Vaccination United Provinces of Agra and Oudh 1902-1913 - 1902-1913
Year: 1902
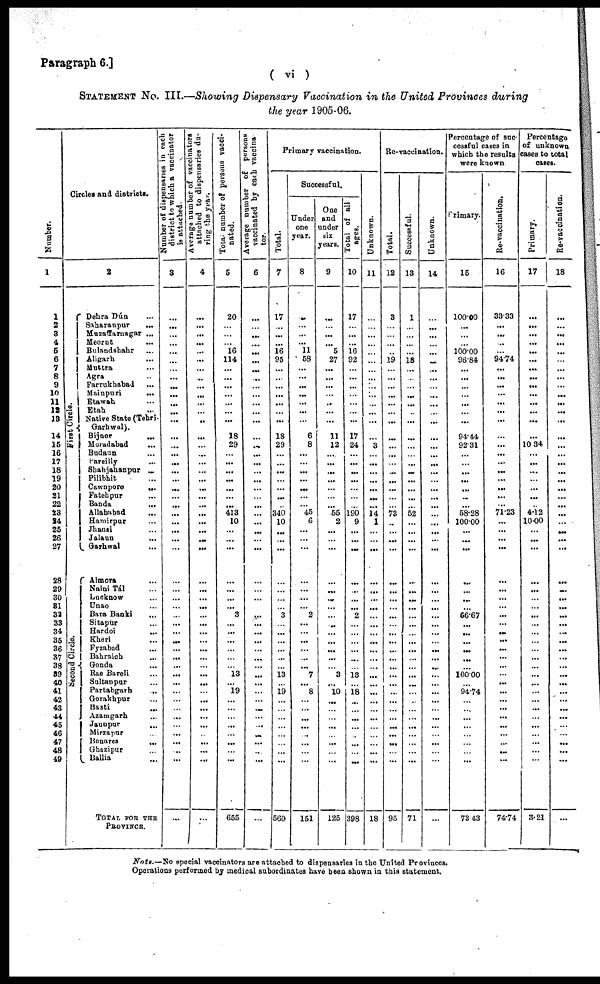
Paragraph 6.]
( vi )
STATEMENT No. III.—Showing Dispensary Vaccination in the United Provinces during
the year 1905-06.
Number.
1
1
2
3
4
5
6
7
8
9
10
11
12
13
14
15
16
17
18
19
20
21
22
23
34
25
26
27
28
29
30
31
32
33
34
35
36
37
38
39
40
41
42
43
44
45
46
47
48
49
Circles and districts.
2
First Circle.
Second Circle.
Dehra Dún ...
Saharanpur
...
Muzaffarnagar ...
Meerut ...
Bulandshahr ...
Aligarh
...
Muttra ...
Agra ...
Farrukhabad
...
Mainpuri
...
Etawah ...
Etah ...
Native State (Tehri¬
Garhwal).
Bijnor
...
Moradabad ...
Budaun ...
Pareilly ...
Shahjahanpur ...
Pilibhit ...
Cawnpore
...
Fatehpur ...
Banda
...
Allahabad ...
Hamirpur ...
Jhansi ...
Jalaun
...
Garhwal
...
Almora ...
Naini Tál ...
Lucknow ...
Unao ...
Bara Banki ...
Sitapur ...
Hardoi ...
Kheri ...
Fyzabad ...
Bahraich ...
Gonda ...
Rae Bareli ...
Sultanpur ...
Partabgarh
...
Gorakhpur ...
Basti ...
Azamgarh ...
Jaunpur
...
Mirzapur ...
Benares
...
Ghazipur ...
Ballia ...
TOTAL FOR THE
PROVINOR.
Number of dispensaries in each
district to which a vaccinator
is attached.
3
...
...
...
...
...
...
...
...
...
...
...
...
...
...
...
...
...
...
...
...
...
...
...
...
...
...
...
...
...
...
...
...
...
...
...
...
...
...
...
...
...
...
...
...
...
...
...
...
...
...
Average number of vaccinators
attached to dispensaries du¬
ring the year.
4
...
...
...
...
...
...
...
...
...
...
...
...
...
...
...
...
...
...
...
...
...
...
...
...
...
...
...
...
...
...
...
...
...
...
...
...
...
...
...
...
...
...
...
...
...
...
...
...
...
...
Total number of persons vacci-
nated.
5
20
...
...
...
16
114
...
...
...
...
...
...
...
18
29
...
...
...
...
...
...
...
413
10
...
...
...
...
...
...
...
3
...
...
...
...
...
...
13
...
19
...
...
...
...
...
...
...
...
655
Average number of persons
vaccinated by each vaccina¬
tor.
6
...
...
...
...
...
...
...
...
...
...
...
...
...
...
...
...
...
...
...
...
...
...
...
...
...
...
...
...
...
...
...
...
...
...
...
...
...
...
...
...
...
...
...
...
...
...
...
...
...
...
Primary vaccination.
Total.
7
17
...
...
...
16
95
...
...
...
...
...
...
...
18
29
...
...
...
...
...
...
...
340
10
...
...
...
...
...
...
...
3
...
...
...
...
...
...
13
...
19
...
...
...
...
...
...
...
...
560
Successful.
Under
one
year.
8
...
...
...
...
11
58
...
...
...
...
...
...
...
6
8
...
...
...
...
...
...
...
45
6
...
...
...
...
...
...
...
2
...
...
...
...
...
...
7
...
8
...
...
...
...
...
...
...
...
151
One
and
under
six
years.
9
...
...
...
...
5
27
...
...
...
...
...
...
...
11
12
...
...
...
...
...
...
...
55
2
...
...
...
...
...
...
...
...
...
...
...
...
...
...
3
...
10
...
...
...
...
...
...
...
...
125
Total of all
ages.
10
17
...
...
...
16
92
...
...
...
...
...
...
...
17
24
...
...
...
...
...
...
...
190
9
...
...
...
...
...
...
...
2
...
...
...
...
...
...
13
...
18
...
...
...
...
...
...
...
...
398
Unknown.
11
...
...
...
...
...
...
...
...
...
...
...
...
...
...
3
...
...
...
...
...
...
...
14
1
...
...
...
...
...
...
...
...
...
...
...
...
...
...
...
...
...
...
...
...
...
...
...
...
...
18
Re-vaccination.
Total.
12
3
...
...
...
...
19
...
...
...
...
...
...
...
...
...
...
...
...
...
...
...
...
73
...
...
...
...
...
...
...
...
...
...
...
...
...
...
...
...
...
...
...
...
...
...
...
...
...
...
95
Successful.
13
1
...
...
...
...
18
...
...
...
...
...
...
...
...
...
...
...
...
...
...
...
...
52
...
...
...
...
...
...
...
...
...
...
...
...
...
...
...
...
...
...
...
...
...
...
...
...
...
...
71
Unknown.
14
...
...
...
...
...
...
...
...
...
...
...
...
...
...
...
...
...
...
...
...
...
...
...
...
...
...
...
...
...
...
...
...
...
...
...
...
...
...
...
...
...
...
...
...
...
...
...
...
...
...
Percentage of suc-
cessful cases in
which the results
were known.
Primary.
15
100.00
...
...
...
100.00
96.84
...
...
...
...
...
...
...
94.44
92.31
...
...
...
...
...
...
...
58.28
100.00
...
...
...
...
...
...
...
66.67
...
...
...
...
...
...
100.00
...
94.74
...
...
...
...
...
...
...
...
73.43
Re-vaccination.
16
33.33
...
...
...
...
94.74
...
...
...
...
...
...
...
...
...
...
...
...
...
...
...
...
71.23
...
...
...
...
...
...
...
...
...
...
...
...
...
...
...
...
...
...
...
...
...
...
...
...
...
...
74.74
Percentage
of unknown
cases to total
cases.
Primary.
17
...
...
...
...
...
...
...
...
...
...
...
...
...
...
10.34
...
...
...
...
...
...
...
4.12
10.00
...
...
...
...
...
...
...
...
...
...
...
...
...
...
...
...
...
...
...
...
...
...
...
...
...
3.21
Re-vaccination.
18
...
...
...
...
...
...
...
...
...
...
...
...
...
...
...
...
...
...
...
...
...
...
...
...
...
...
...
...
...
...
...
...
...
...
...
...
...
...
...
...
...
...
...
...
...
...
...
...
...
...
Note.—No special vaccinators are attached to dispensaries in the United Provinces.
Operations performed by medical subordinates have been shown in this statement.